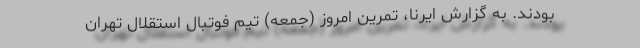
بودند. به گزارش ایرنا، تمرین امروز (جمعه) تیم فوتبال استقلال تهران